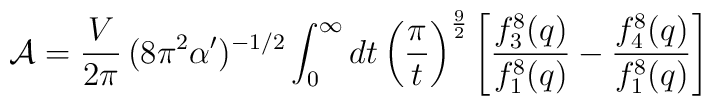
{\cal A} = {V \over 2\pi} \,(8\pi^2 \alpha')^{-1/2}\int_{0}^{\infty} dt  \left( {\pi \over t}\right)^{9\over 2} \left[  {f_3^{8}(q) \over  f_1^{8}(q)}- {f_4^{8}(q) \over   f_1^{8}(q)} \right]